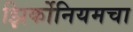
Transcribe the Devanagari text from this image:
झिर्कोनियमचा